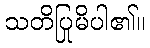
သတိပြုမိပါ၏။